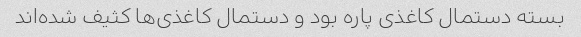
بسته دستمال کاغذی پاره بود و دستمال کاغذی‌ها کثیف شده‌اند